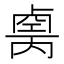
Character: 𠨆